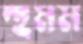
হুমম